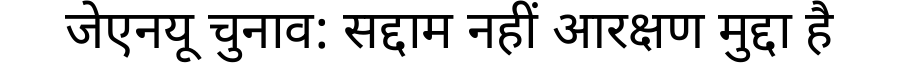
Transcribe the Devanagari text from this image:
जेएनयू चुनाव: सद्दाम नहीं आरक्षण मुद्दा है